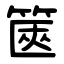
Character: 篋